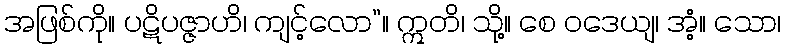
အဖြစ်ကို။ ပဋိပဇ္ဇာဟိ၊ ကျင့်လော”။ ဣတိ၊ သို့။ စေ ဝဒေယျ၊ အံ့။ သော၊